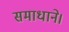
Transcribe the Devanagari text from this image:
समाधाने।